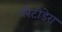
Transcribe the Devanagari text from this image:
प्लैटीडेरा